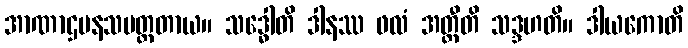
အာဏာဌပနသမတ္ထတာယ။ သဒ္ဓေါတိ ဒါနဿ ဖလံ အတ္ထီတိ သဒ္ဒဟတိ။ ဒါယကောတိ